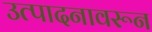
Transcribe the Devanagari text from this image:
उत्पादनावरून